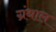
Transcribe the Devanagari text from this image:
ग्रंथाल